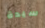
سيدة